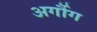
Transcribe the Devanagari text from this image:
अर्गौग